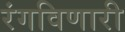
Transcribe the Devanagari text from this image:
रंगविणारी